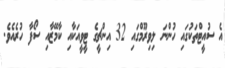
އެ ސުއީޓްތަކުގައި ހުންނަ ލިވިރޫމްގައި 32 އިންޗީގެ ޓީވީއަކާއި ކާމޭޒާއި ސޯފާ ހުރެއެވެ.